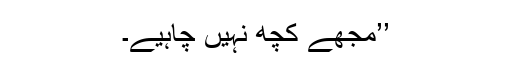
’’مجھے کچھ نہیں چاہیے۔